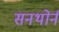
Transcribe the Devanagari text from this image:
सनथोर्न